Leaving Certificate Examination, 1903
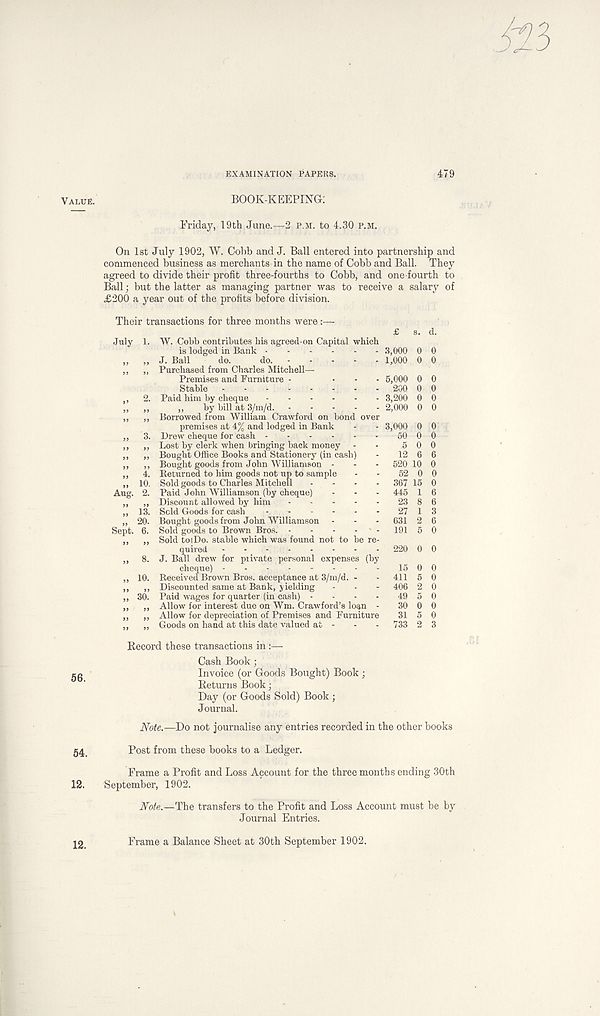
Value.
56.
54.
12.
EXAMINATION PAPERS.
479
BOOK-KEEPING:
Friday, 19th June.—2 p.m. to 4.30 P.M.
On 1st July 1902, W. Cobb and J. Ball entered into partnership and
commenced business as merchants in the name of Cobb and Ball. They
agreed to divide their profit three-fourths to Cobb, and one fourth to
Ball; but the latter as managing partner was to receive a salary of
£200 a year out of the profits before division.
Their transactions for three months were :—-
£ s. d.
July 1. W. Cobb contributes his agreed-on Capital which
is lodged in Bank
8,000 0 0
„ „ J. Ball do. do.
1,000 0 0
,, ,, Purchased from Charles Mitchell—
Premises and Furniture -
... 5,000 0 0
Stable
200 0 0
,, 2. Paid him by cheque
3,200 0 0
,, ,, ,, by bill at 3/m/d.
2,000 0 0
,, ,, Borrowed from William Crawford on bond over
premises at 4% and lodged in Bank - - 3,000 0 0
,, 3. Drew cheque for cash
50 0 0
,, ,, Lost by clerk when bringing back money - - 5 0 0
,, ,, Bought Office Books and Stationery (in cash) - 12 6 6
,, ,, Bought goods from John Williamson - - - 520 10 0
,, 4. Returned to him goods not up to sample - - 52 0 0
,, 10. Sold goods to Charles Mitchell .... 367 15 0
Aug. 2. Paid John Williamson (by cheque) - - - 445 1 6
„ ,, Discount allowed by him
23 8 6
,, 13. Sold Goods for cash
27 1 3
„ 20. Bought goods from John Williamson - - - 631 2 6
Sept. 6. Sold goods to Brown Bros.
191 5 0
„ „ Sold to i Do. stable which was found not to be re-
quired
220 0 0
,, 8. J. Ball drew for private personal expenses (by
cheque)
1500
,, 10. Received Brown Bros, acceptance at 3/m/d. - - 411 5 0
,, ,, Discounted same at Bank, yielding - - - 406 2 0
,, 30. Paid wages for quarter (in cash) - - - - 49 5 0
,, ,, Allow for interest due on Wm. Crawford’s loan - 30 0 0
,, ,, Allow for depreciation of Premises and Furniture 31 5 0
,, ,, Goods on hand at this date valued at - - - 733 2 3
Record these transactions in :—-
Cash Book ;
Invoice (or Goods Bought) Book;
Returns Book;
Day (or Goods Sold) Book;
Journal.
JVoie.—Do not journalise any entries recorded in the other books
Post from these books to a Ledger.
Frame a Profit and Loss Account for the three months ending 30th
September, 1902.
JVote.—The transfers to the Profit and Loss Account must be by
Journal Entries.
12.
Frame a Balance Sheet at 30th September 1902.